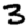
Digit: 3